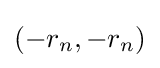
(-r_{n},-r_{n})